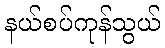
နယ်စပ်ကုန်သွယ်